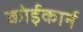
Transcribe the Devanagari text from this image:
कोईकार्न